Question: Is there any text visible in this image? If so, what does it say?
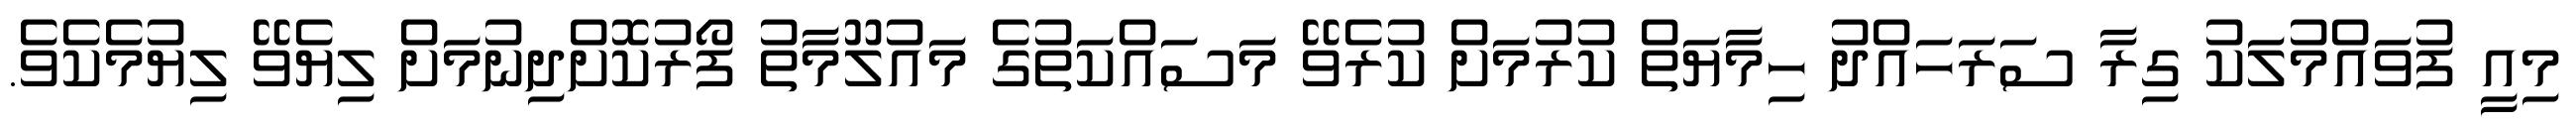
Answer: މިއީ ފުވައްމުލަކު ގިރާ ސަރަހައްދު ހިމާޔަތް ކުރުމަށް ކުރެވޭ މަސައްކަތުގެ މައުލޫމާތު ފޯރުކޮށްދިނުމަށް ލިޔެވޭ ލިޔުމެކެވެ.